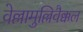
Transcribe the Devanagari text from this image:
वेल्लामुल्लिवैक्कल